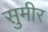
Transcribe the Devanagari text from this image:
सुमीर